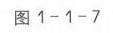
图1 - 1 - 7